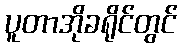
ပူတာအိုခရိုင်တွင်